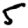
Digit: 5